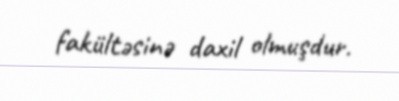
fakültəsinə daxil olmuşdur.